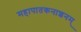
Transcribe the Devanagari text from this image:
महापातकनाशनम्‌